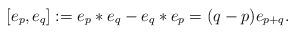
LaTeX: \begin{align*}[e_p,e_q]:=e_p*e_q-e_q*e_p=(q-p)e_{p+q}.\end{align*}